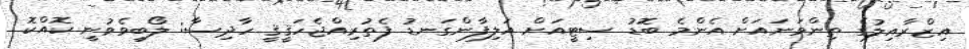
އިޒްރާއިލުގެ ތިންވަނައަށް އެންމެ ބޮޑު ސިޓީއަށް އަލިފާންގަނޑު ފެތުރިއްޖެހަޤީޤީ ހާދިސާ: ލޯބިވެވުނީ ކޮއްކޮ